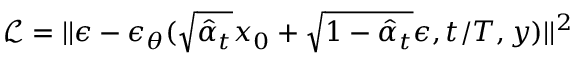
\mathcal { L } = | | \epsilon - \epsilon _ { \theta } ( \sqrt { \hat { \alpha } _ { t } } x _ { 0 } + \sqrt { 1 - \hat { \alpha } _ { t } } \epsilon , t / T , y ) | | ^ { 2 }